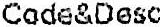
CODE&DESC